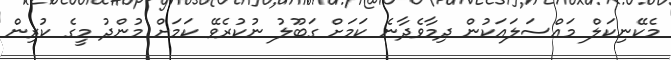
މެކޭނިކަލް މައްސަލައަކުން ދިމާވެދާނެ ކަމަށް ގަބޫލު ނުކުރެވޭ ކަމަށް މުންދު މީގެ ކުރިން